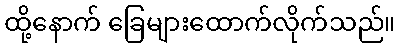
ထို့နောက် ခြေများထောက်လိုက်သည်။